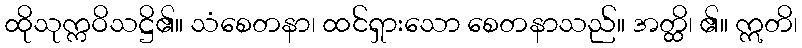
ထိုသုက္ကဝိသဋ္ဌိ၏။ သံစေတနာ၊ ထင်ရှားသော စေတနာသည်။ အတ္ထိ၊ ၏။ ဣတိ၊